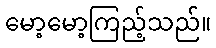
မော့မော့ကြည့်သည်။